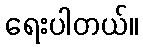
ရေးပါတယ်။